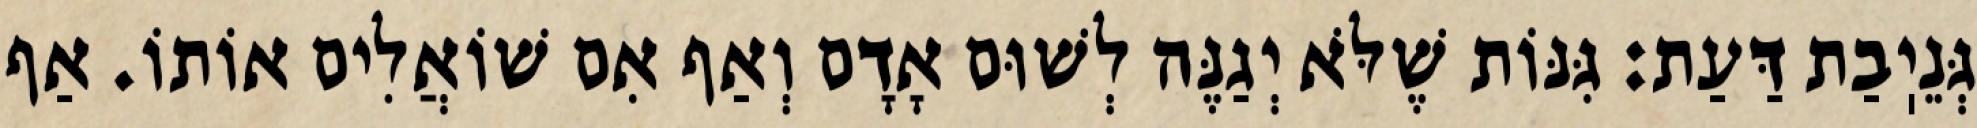
גְּנֵיֽבַת דַּעַת: גִּנּוֹת שֶׁלֹּא יְגַנֶּה לְשׁוּם אָדָם וְאַף אִם שׁוֹאֲלִים אוֹתוֹ. אַף